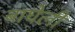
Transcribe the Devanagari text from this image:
बाघेली